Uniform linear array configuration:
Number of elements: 4
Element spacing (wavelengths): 1
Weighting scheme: cosine
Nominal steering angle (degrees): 45
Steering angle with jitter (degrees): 46.135
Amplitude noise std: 0.05
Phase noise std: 0.05

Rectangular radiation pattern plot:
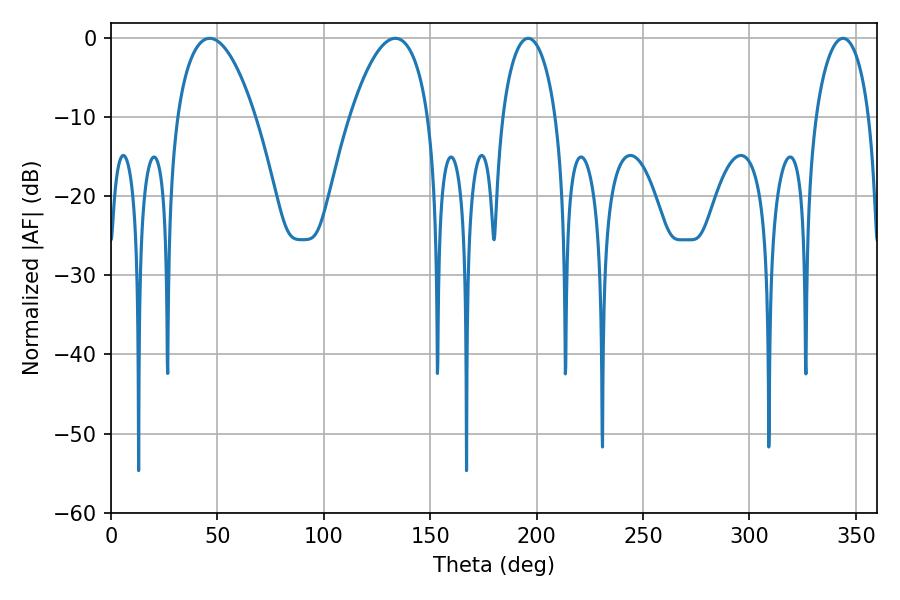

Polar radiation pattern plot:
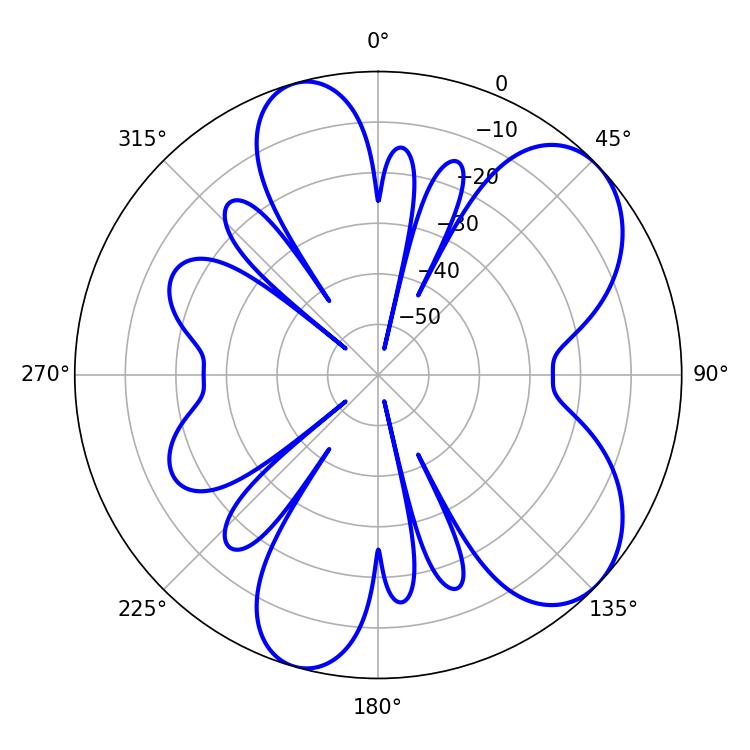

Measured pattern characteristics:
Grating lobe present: TRUE
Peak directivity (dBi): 7.028
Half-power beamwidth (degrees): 14.4
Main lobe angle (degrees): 196.02